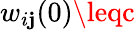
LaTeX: w_{i\mathbf{j}}(0)\leqc